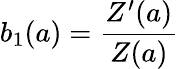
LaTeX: b_{1}(a)=\frac{Z^{\prime}(a)}{Z(a)}